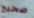
صحيح